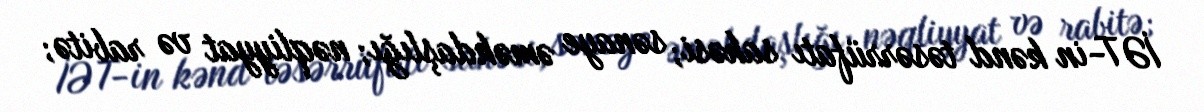
İƏT-in kənd təsərrüfatı sahəsi; sənaye əməkdaşlığı; nəqliyyat və rabitə;